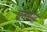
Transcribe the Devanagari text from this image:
एनमाइ